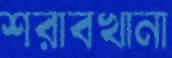
শরাবখানা